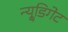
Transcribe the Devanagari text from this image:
न्यू्डिगेट